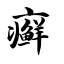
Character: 癣